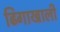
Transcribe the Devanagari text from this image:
ढिगाखाली